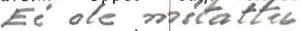
Ei ole mitattu